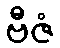
ဗီဇံ